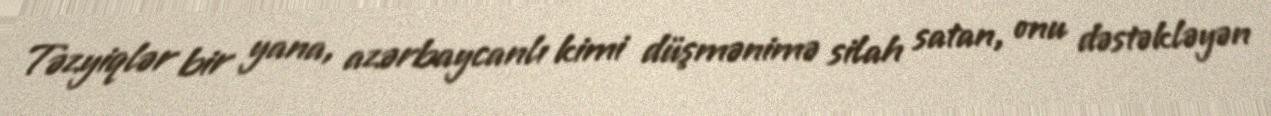
Təzyiqlər bir yana, azərbaycanlı kimi düşmənimə silah satan, onu dəstəkləyən